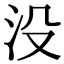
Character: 没